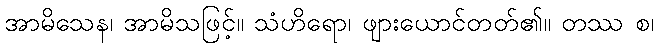
အာမိသေန၊ အာမိသဖြင့်။ သံဟိရော၊ ဖျားယောင်တတ်၏။ တဿ စ၊